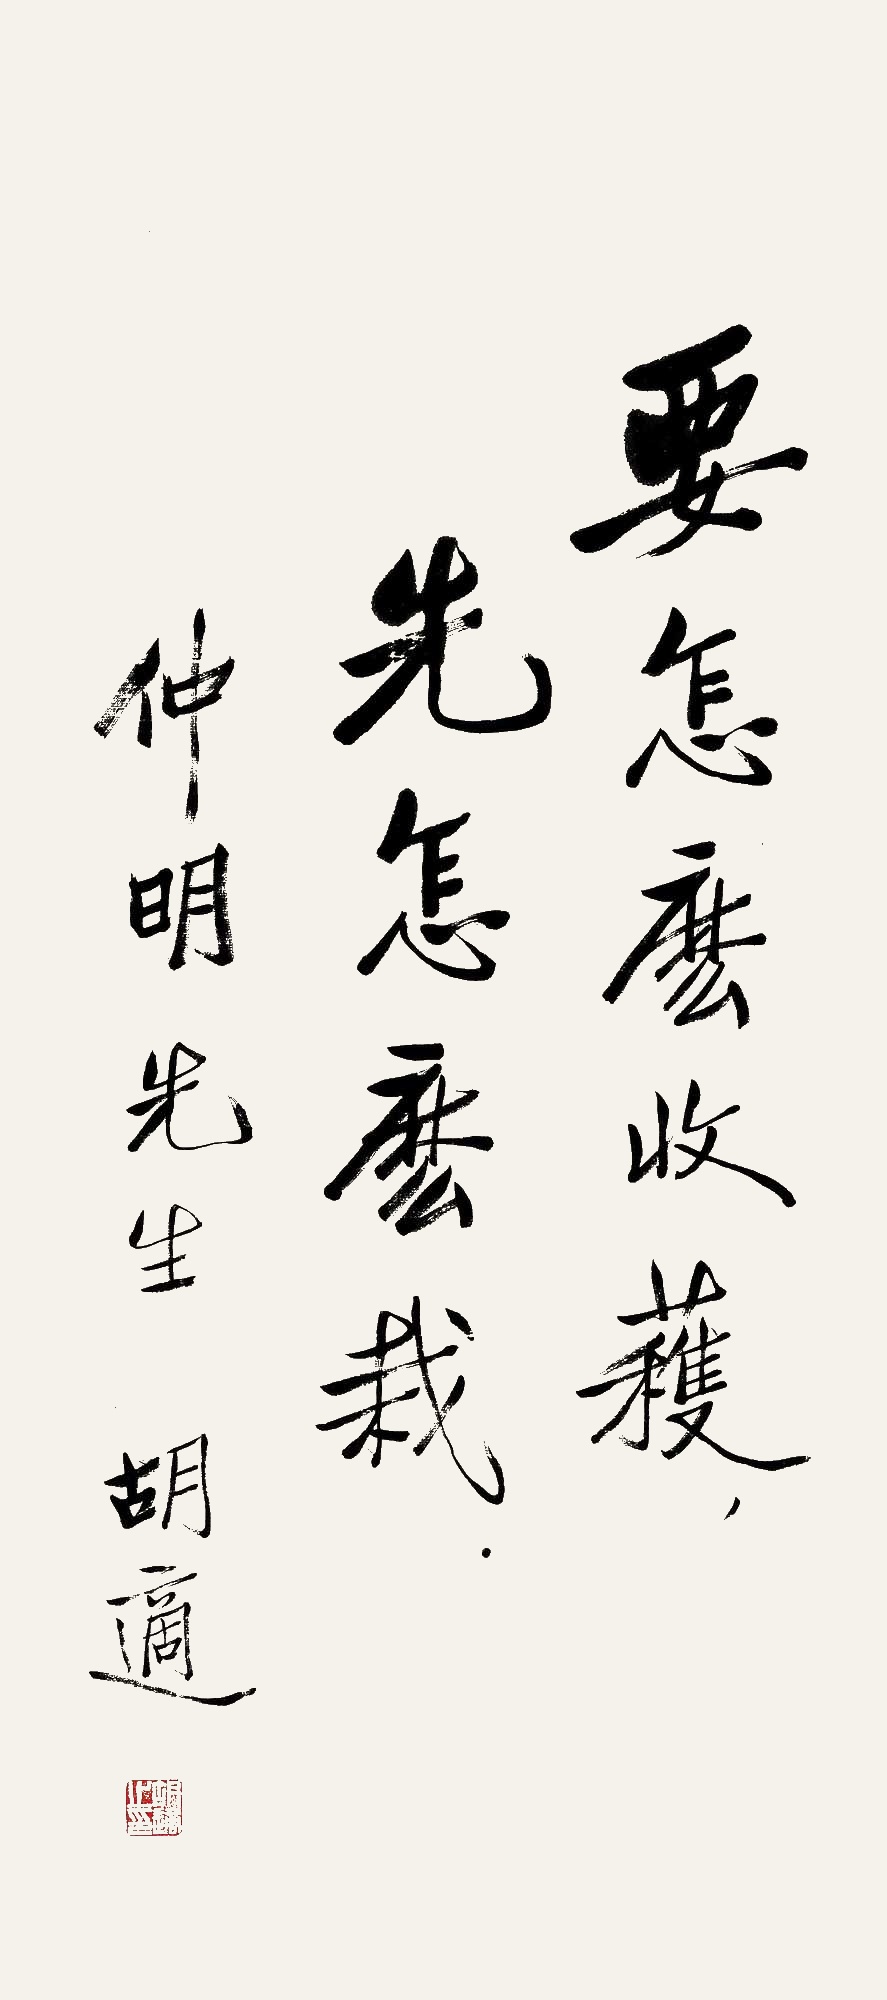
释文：要怎么收获，先怎么栽。仲明先生。胡适。